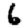
Digit: 6